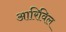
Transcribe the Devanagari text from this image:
आरिविल